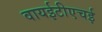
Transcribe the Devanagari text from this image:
वायईटीएचई